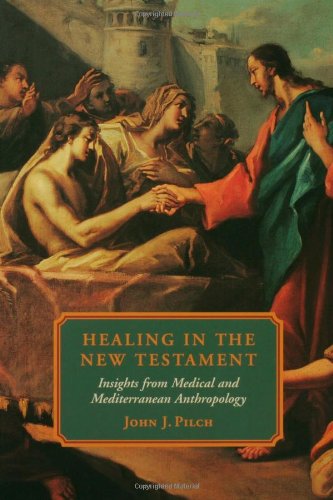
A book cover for Healing in the New Testament; John J. Pilch; Religion & Spirituality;